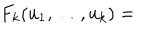
LaTeX: F _ { k } ( u _ { 1 } , \dots , u _ { k } ) =